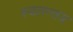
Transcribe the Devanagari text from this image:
स्वतन्तत्र